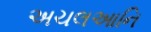
અચલઆનિ